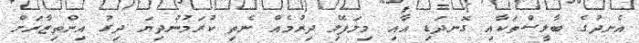
އެނދުގެ ބާލީސްތަކާއި ގޮނދަޑި އާއި މިލަފޭލި ދިރުމެއް ނެތި ކުރަމުންދިޔަ ދިގު އިންތިޒާރަށް